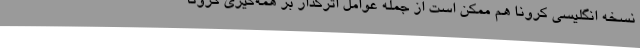
نسخه انگلیسی کرونا هم ممکن است از جمله عوامل اثرگذار بر همه‌گیری کرونا